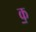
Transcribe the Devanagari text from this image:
क॒